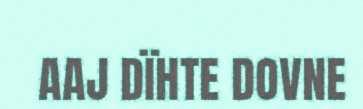
AAJ DÏHTE DOVNE